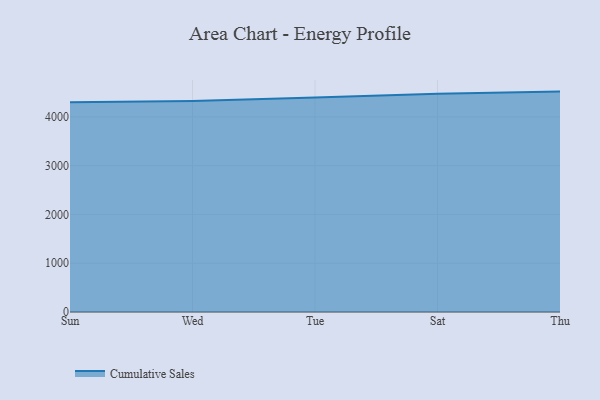
{"axis": {"x": "Day", "y": "Page Views"}, "legend": ["Cumulative Sales"], "data": [{"x": "Sun", "y": 4300.7, "type": "Cumulative Sales"}, {"x": "Wed", "y": 4323.6, "type": "Cumulative Sales"}, {"x": "Tue", "y": 4399.3, "type": "Cumulative Sales"}, {"x": "Sat", "y": 4472.5, "type": "Cumulative Sales"}, {"x": "Thu", "y": 4518.0, "type": "Cumulative Sales"}]}